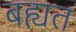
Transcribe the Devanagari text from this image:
बह्यत